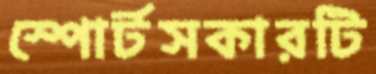
স্পোর্টসকারটি